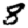
Digit: 8